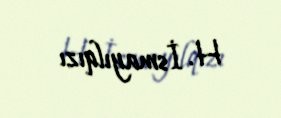
H. İsmayılqızı